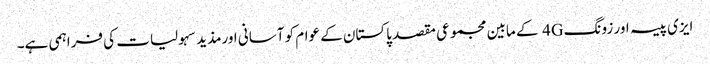
ایزی پیسہ اور زونگ 4G کے مابین مجموعی مقصد پاکستان کے عوام کو آسانی اورمذید سہولیات کی فراہمی ہے۔